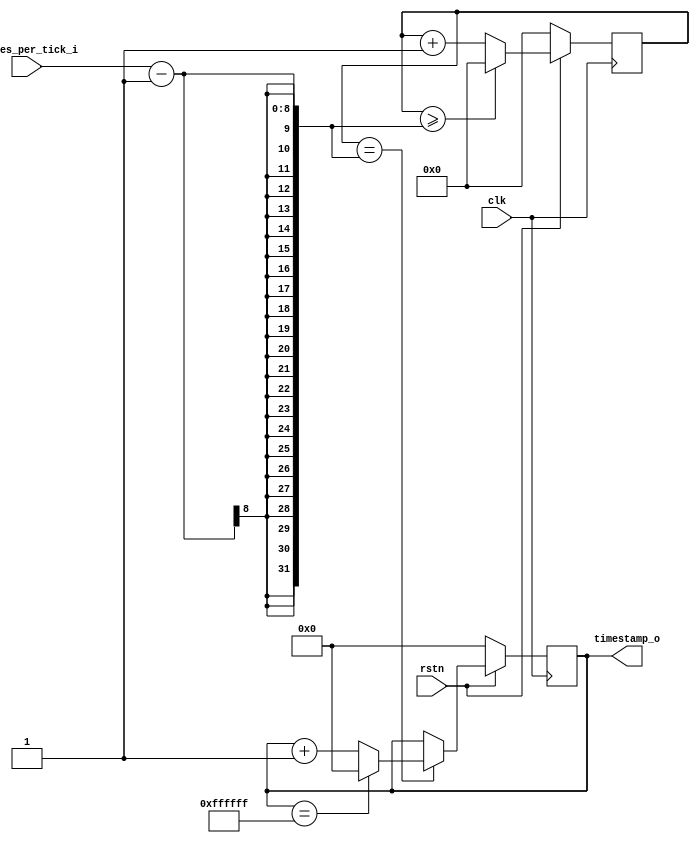
// The MIT License
//
// Copyright (c) 2017-2019 by the author(s)
//
// Permission is hereby granted, free of charge, to any person obtaining a copy
// of this software and associated documentation files (the "Software"), to deal
// in the Software without restriction, including without limitation the rights
// to use, copy, modify, merge, publish, distribute, sublicense, and/or sell
// copies of the Software, and to permit persons to whom the Software is
// furnished to do so, subject to the following conditions:
//
// The above copyright notice and this permission notice shall be included in
// all copies or substantial portions of the Software.
//
// THE SOFTWARE IS PROVIDED "AS IS", WITHOUT WARRANTY OF ANY KIND, EXPRESS OR
// IMPLIED, INCLUDING BUT NOT LIMITED TO THE WARRANTIES OF MERCHANTABILITY,
// FITNESS FOR A PARTICULAR PURPOSE AND NONINFRINGEMENT. IN NO EVENT SHALL THE
// AUTHORS OR COPYRIGHT HOLDERS BE LIABLE FOR ANY CLAIM, DAMAGES OR OTHER
// LIABILITY, WHETHER IN AN ACTION OF CONTRACT, TORT OR OTHERWISE, ARISING FROM,
// OUT OF OR IN CONNECTION WITH THE SOFTWARE OR THE USE OR OTHER DEALINGS IN
// THE SOFTWARE.
//
// Author(s):
//   - Andreas Oeldemann <andreas.oeldemann@tum.de>
//
// Description:
//
// Module maintains a 24 bit timestamp counter that is incremented every
// cycles_per_tick_i clock cycles.

`timescale 1 ns / 1 ps

module nt_timestamp (
  // clock and reset
  input wire        clk,
  input wire        rstn,

  // number of clock cycles between two counter increments
  input wire [7:0]  cycles_per_tick_i,

  // timestamp counter output
  output reg [23:0] timestamp_o
);

  reg [7:0] tick_cntr;

  // process increments output timestamp_o counter every cycles_per_tick_i
  // cycles. when maximum value is reached, counter is reset to zero
  always @(posedge clk) begin
    if (~rstn) begin
      timestamp_o <= 24'b0;
    end else begin
      if (tick_cntr == (cycles_per_tick_i - 1)) begin
        if (timestamp_o == 24'hFFFFFF) begin
          timestamp_o <= 24'b0;
        end else begin
          timestamp_o <= timestamp_o + 24'b1;
        end
      end else begin
        timestamp_o <= timestamp_o;
      end
    end
  end

  // process increments tick_cntr every clock cycle. When cycles_per_tick_i is
  // reached, counter is reset
  always @(posedge clk) begin
    if (~rstn) begin
      tick_cntr <= 8'b0;
    end else begin
      if (tick_cntr >= (cycles_per_tick_i - 1)) begin
        tick_cntr <= 8'b0;
      end else begin
        tick_cntr <= tick_cntr + 8'b1;
      end
    end
  end

endmodule